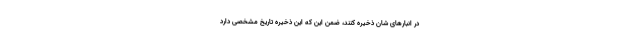
در انبارهای شان ذخیره کنند، ضمن این که این ذخیره تاریخ مشخصی دارد